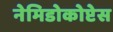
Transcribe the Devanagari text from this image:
नेमिडोकोप्टेस